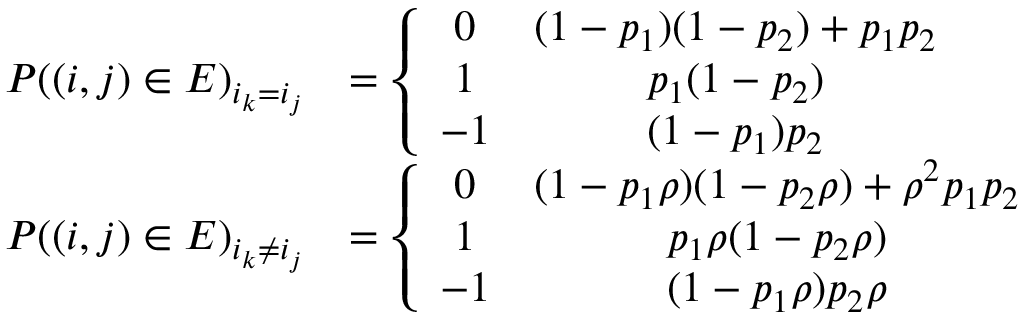
\begin{array} { r l } { P ( ( i , j ) \in E ) _ { i _ { k } = i _ { j } } } & { = \left\{ \begin{array} { c c } { 0 } & { ( 1 - p _ { 1 } ) ( 1 - p _ { 2 } ) + p _ { 1 } p _ { 2 } } \\ { 1 } & { p _ { 1 } ( 1 - p _ { 2 } ) } \\ { - 1 } & { ( 1 - p _ { 1 } ) p _ { 2 } } \end{array} \right. } \\ { P ( ( i , j ) \in E ) _ { i _ { k } \not = i _ { j } } } & { = \left\{ \begin{array} { c c } { 0 } & { ( 1 - p _ { 1 } \rho ) ( 1 - p _ { 2 } \rho ) + \rho ^ { 2 } p _ { 1 } p _ { 2 } } \\ { 1 } & { p _ { 1 } \rho ( 1 - p _ { 2 } \rho ) } \\ { - 1 } & { ( 1 - p _ { 1 } \rho ) p _ { 2 } \rho } \end{array} \right. } \end{array}